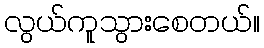
လွယ်ကူသွားစေတယ်။